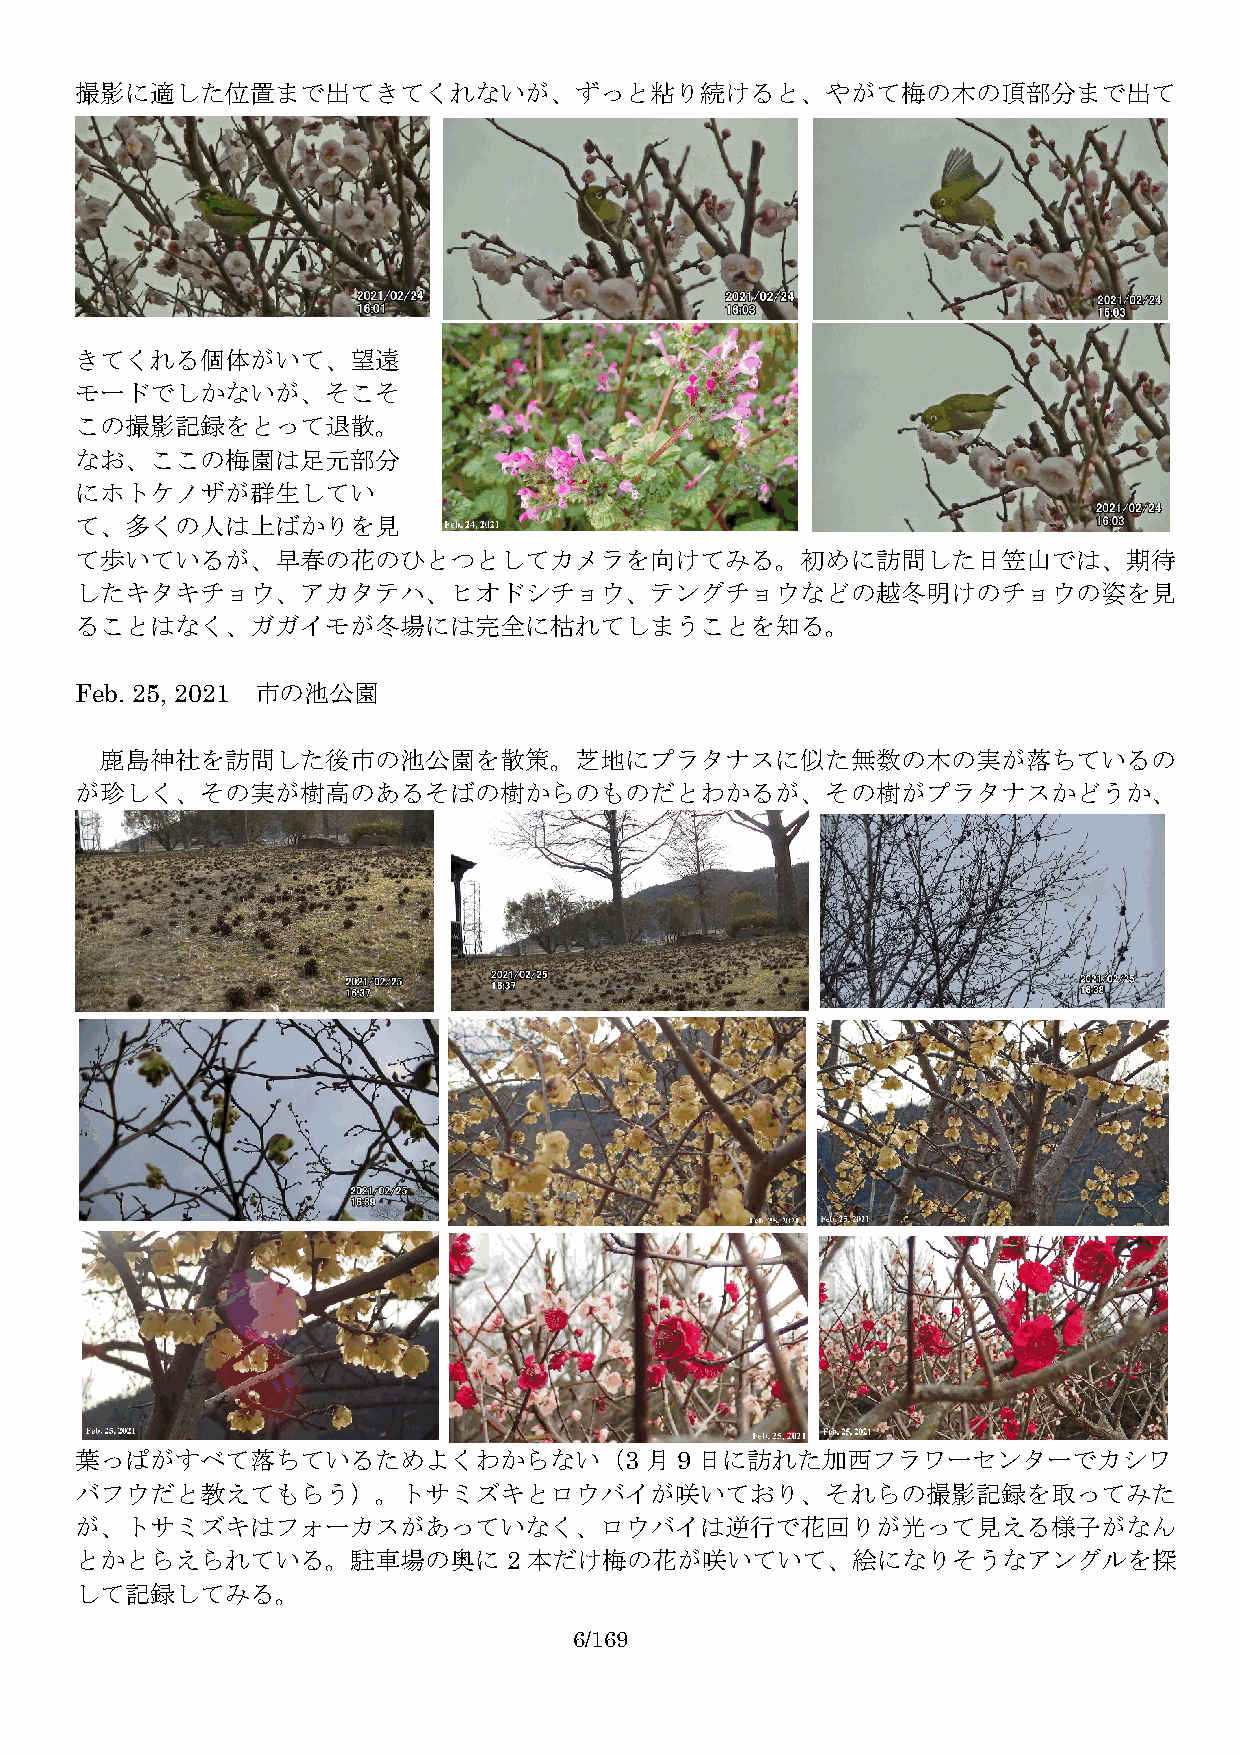
撮影に適した位置まで出てきてくれないが、ずっと粘り続けると、やがて梅の木の頂部分まで出て
 きてくれる個体がいて、望遠
 モードでしかないが、そこそ
 この撮影記録をとって退散。
 なお、ここの梅園は足元部分
 にホトケノザが群生してい
 て、多くの人は上ばかりを見
 て歩いているが、早春の花のひとつとしてカメラを向けてみる。初めに訪問した日笠山では、期待
 したキタキチョウ、アカタテハ、ヒオドシチョウ、テングチョウなどの越冬明けのチョウの姿を見
 ることはなく、ガガイモが冬場には完全に枯れてしまうことを知る。
 Feb. 25, 2021 市の池公園
 鹿島神社を訪問した後市の池公園を散策。芝地にプラタナスに似た無数の木の実が落ちているの
 が珍しく、その実が樹高のあるそばの樹からのものだとわかるが、その樹がプラタナスかどうか、
 葉っぱがすべて落ちているためよくわからない（3               月9 日に訪れた加西フラワーセンターでカシワ
 バフウだと教えてもらう）。トサミズキとロウバイが咲いており、それらの撮影記録を取ってみた
 が、トサミズキはフォーカスがあっていなく、ロウバイは逆行で花回りが光って見える様子がなん
 とかとらえられている。駐車場の奥に2            本だけ梅の花が咲いていて、絵になりそうなアングルを探
 して記録してみる。
 6/169